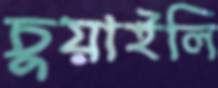
চুয়াইলি